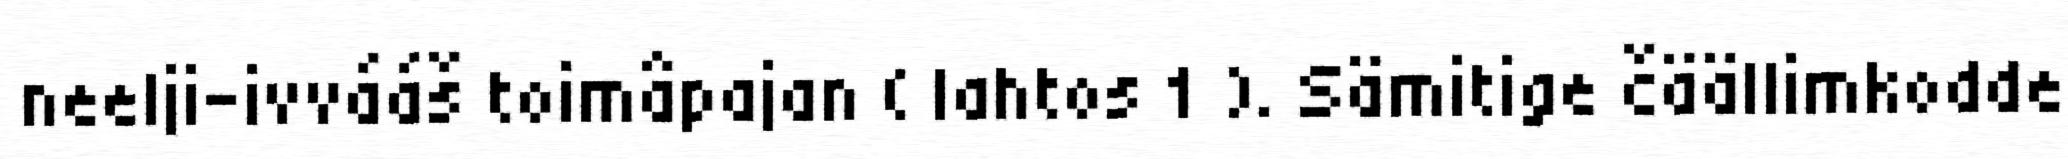
neelji-ivvááš toimâpajan ( lahtos 1 ). Sämitige čäällimkodde